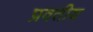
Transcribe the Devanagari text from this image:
प्रवतीय